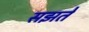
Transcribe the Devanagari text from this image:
सझते